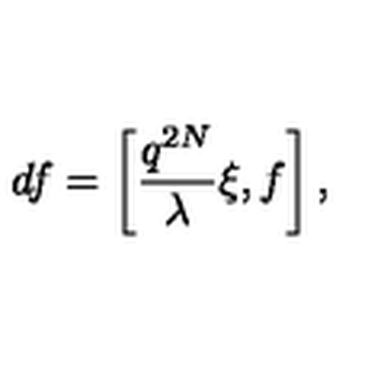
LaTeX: d f = \left[ \frac { q ^ { 2 N } } { \lambda } \xi , f \right] ,